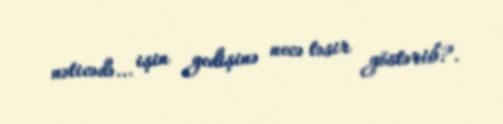
nəticədə... işin gedişinə necə təsir göstərib?.